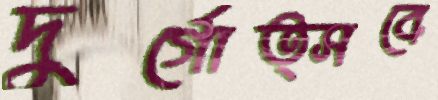
দুর্গোত্সবে